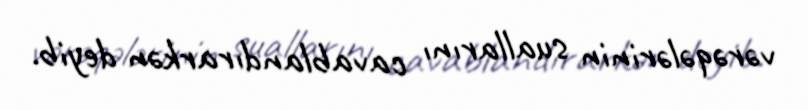
vərəqələrinin suallarını cavablandırarkən deyib.